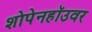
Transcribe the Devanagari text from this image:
शोपेनहॉउवर